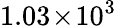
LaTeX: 1.03\! \times\! 10^{3}